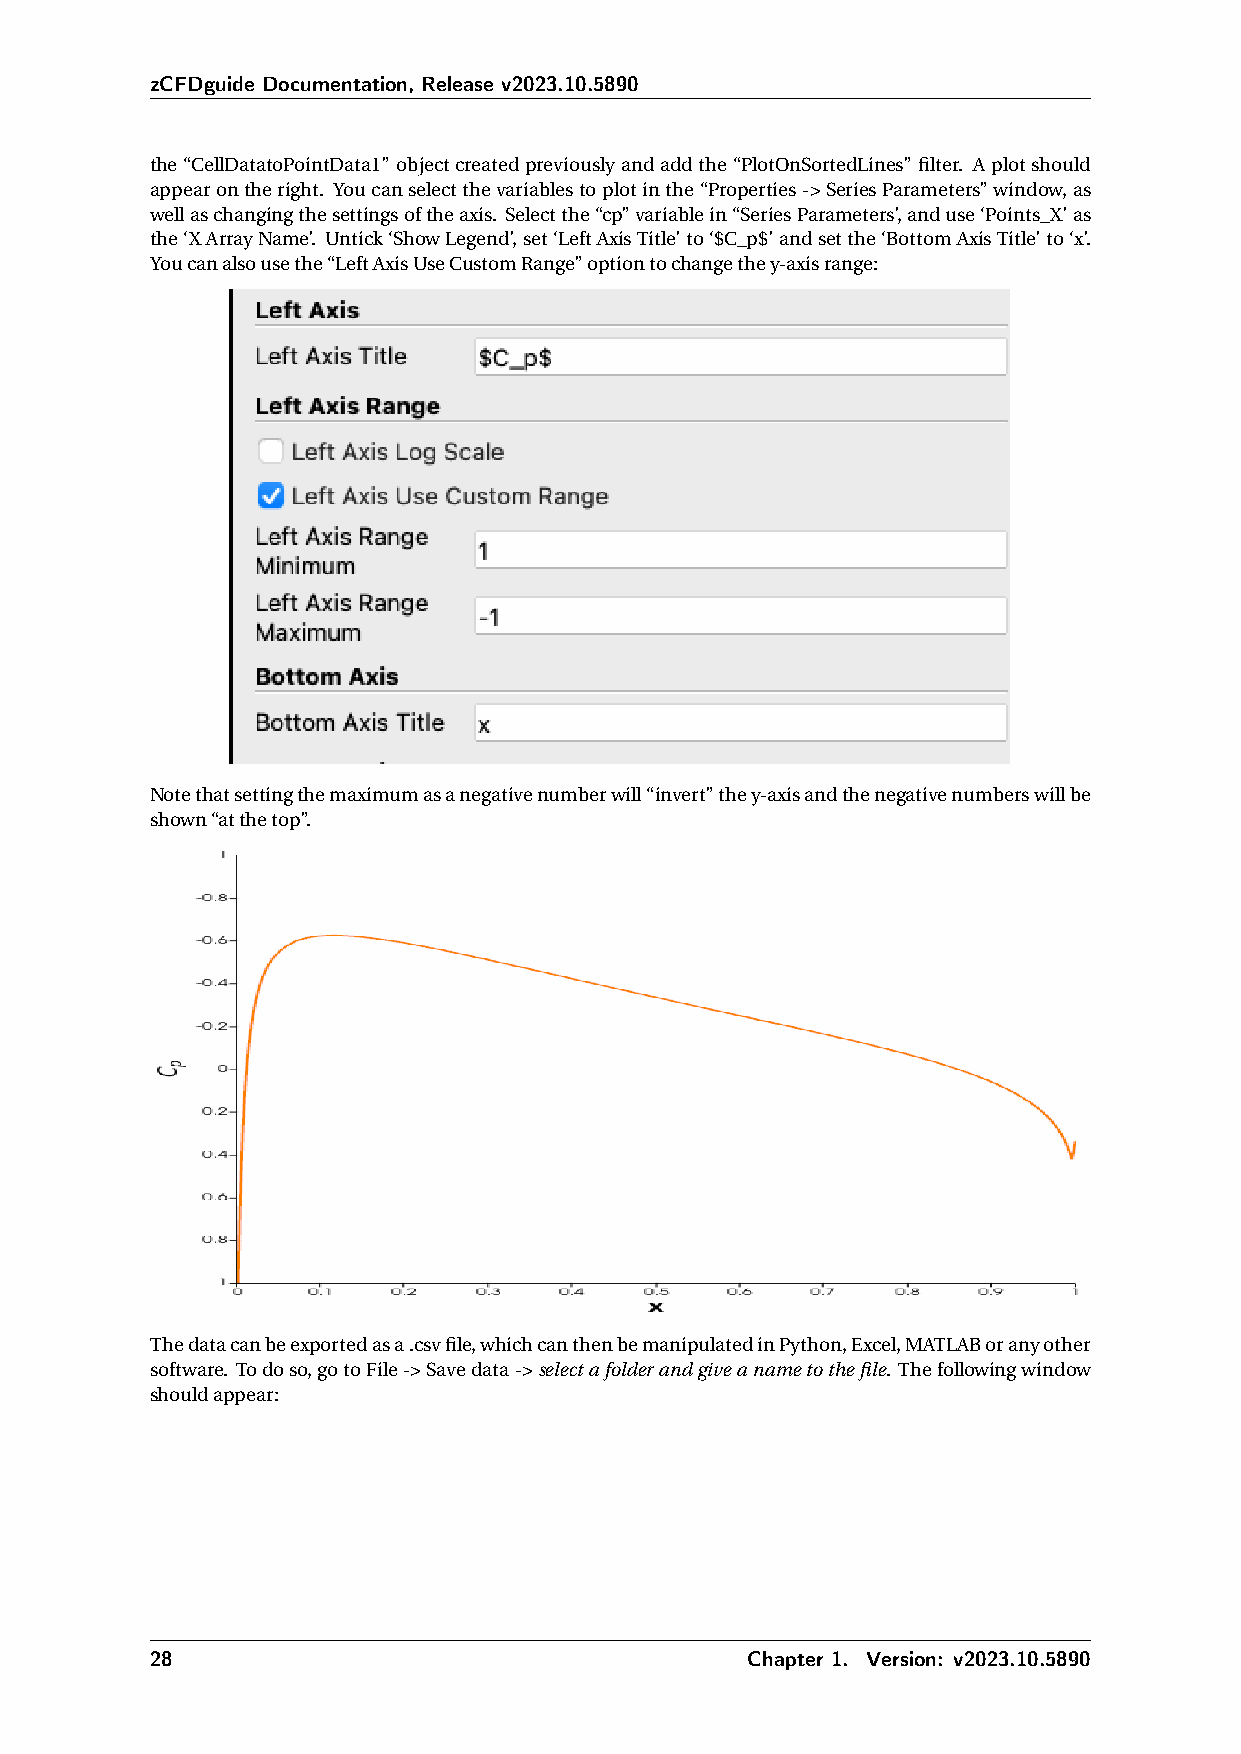
zCFDguide Documentation, Release v2023.10.5890
 the“CellDatatoPointData1”objectcreatedpreviouslyandaddthe“PlotOnSortedLines”filter. Aplotshould
 appearontheright. Youcanselectthevariablestoplotinthe“Properties->SeriesParameters”window,as
 wellaschangingthesettingsoftheaxis. Selectthe“cp”variablein“SeriesParameters’,anduse‘Points_X’as
 the‘XArrayName’. Untick‘ShowLegend’,set‘LeftAxisTitle’to‘$C_p$’andsetthe‘BottomAxisTitle’to‘x’.
 Youcanalsousethe“LeftAxisUseCustomRange”optiontochangethey-axisrange:
 Notethatsettingthemaximumasanegativenumberwill“invert”they-axisandthenegativenumberswillbe
 shown“atthetop”.
 Thedatacanbeexportedasa.csvfile,whichcanthenbemanipulatedinPython,Excel,MATLABoranyother
 software. Todoso,gotoFile->Savedata->selectafolderandgiveanametothefile. Thefollowingwindow
 shouldappear:
 28                                      Chapter 1. Version: v2023.10.5890